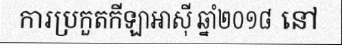
ការប្រកួតកីឡាអាស៊ី ឆ្នាំ២០១៨ នៅ